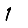
Digit: 1